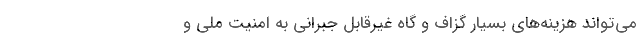
می‌تواند هزینه‌های بسیار گزاف و گاه غیرقابل جبرانی به امنیت ملی و